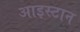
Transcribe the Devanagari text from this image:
आइस्टान